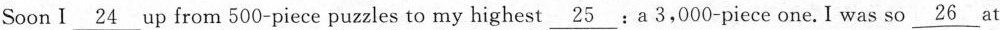
Soon I \underline{24} up from 500-piece puzzles to my highest \underline{25} :a 3,000-piece one. I was so \underline{26 } at